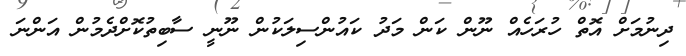
ދިނުމަށް އޮތް ހުރަހެއް ނޫން ކަން މަދު ކައުންސިލަކުން ނޫނީ ސާބިތުކޮށްދެމުން އަންނަ